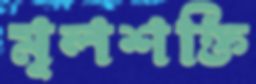
মূলশক্তি